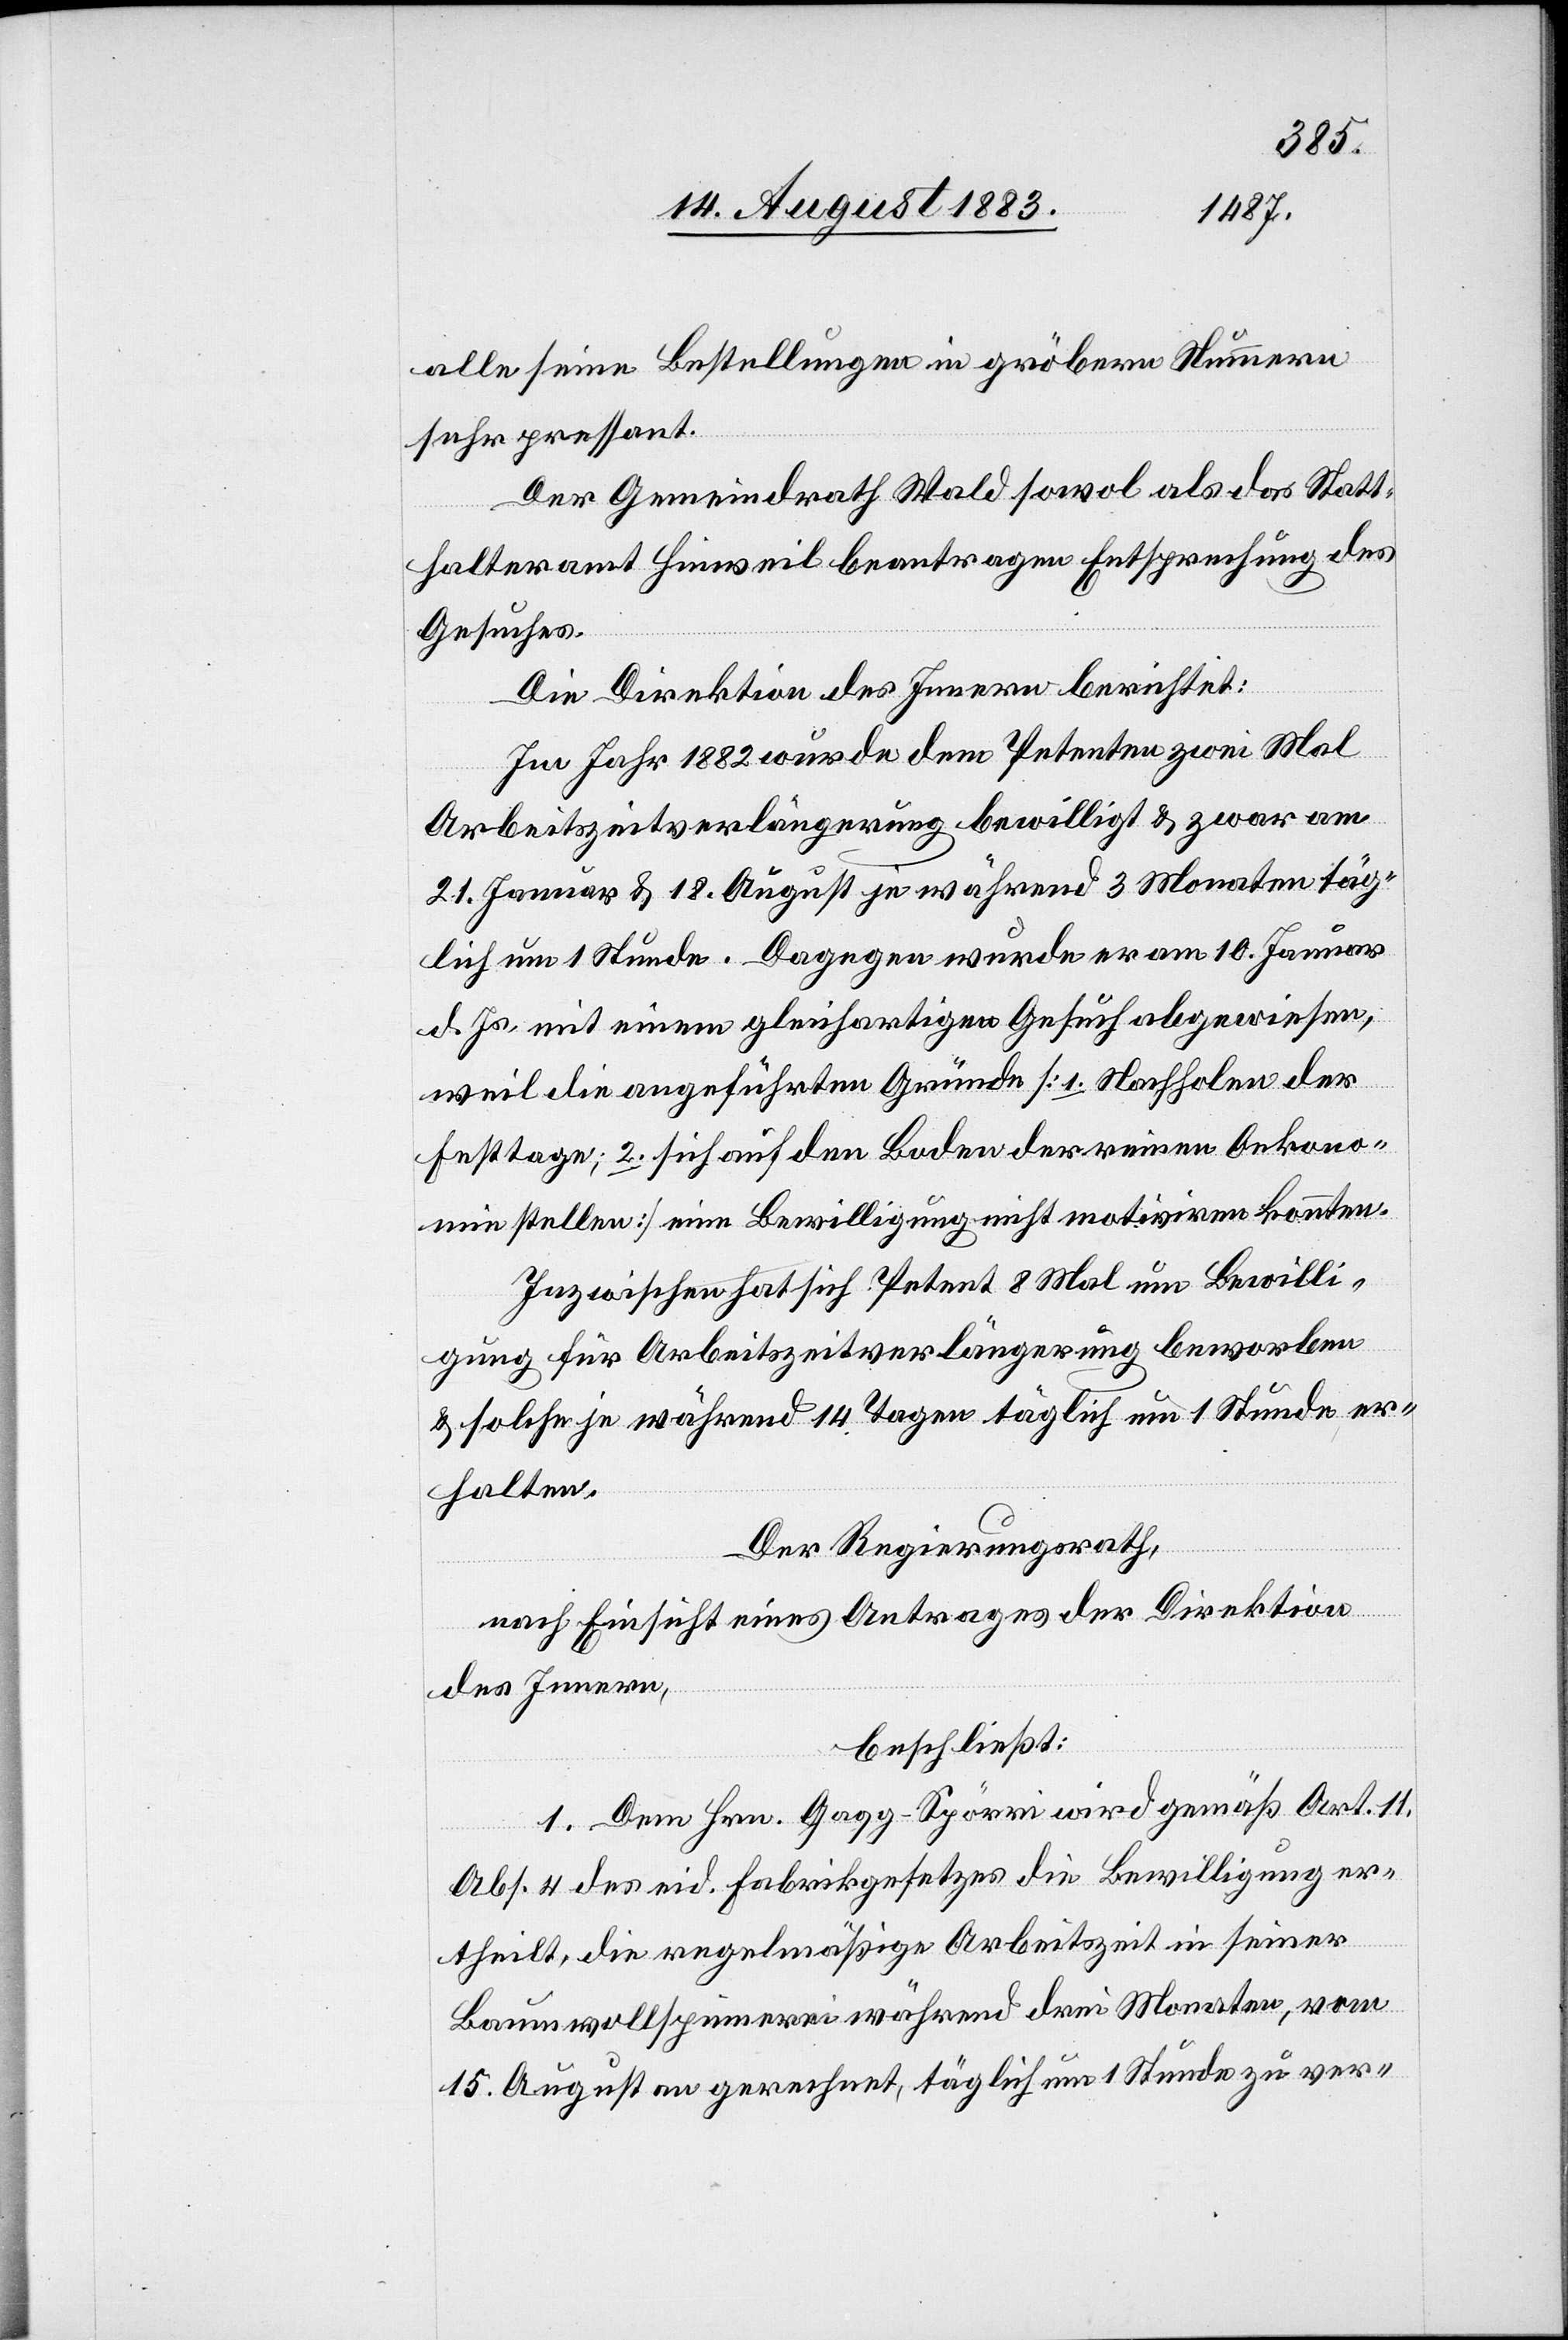
alle seiner Bestellungen in gröbern Nummern
sehr pressant.
Der Gemeindrath Wald sowol als das Statt¬
halteramt Hinweil beantragen Entsprechung des
Gesuches.
Die Direktion des Innern berichtet:
Im Jahr 1882 wurde dem Petenten zwei Mal
Arbeitszeitverlängerung bewilligt & zwar am
21. Januar & 18. August je während 3 Monaten täg¬
lich um 1 Stunde. Dagegen wurde er am 10. Januar
d. Js. mit einem gleichartigen Gesuch abgewiesen,
weil die angeführten Gründe [1. Nachholen der
Festtage; 2. sich auf den Boden der reinen Oekono¬
mie stellen] eine Bewilligung nicht motiviren konnten.
Inzwischen hat sich Petent 8 Mal um Bewilli¬
gung für Arbeitszeitverlängerung beworben
& solche je während 14 Tagen täglich um 1 Stunde, er¬
halten.
Der Regierungsrath,
nach Einsicht eines Antrages der Direktion
des Innern,
beschließt:
1. Dem Hrn. Gagg-Spörri wird gemäß Art. 11,
Abs. 4 des eid. Fabrikgesetzes die Bewilligung er¬
theilt, die regelmäßige Arbeitszeit in seiner
Baumwollspinnerei während drei Monaten, vom
15. August an gerechnet, täglich um 1 Stunde zu ver-